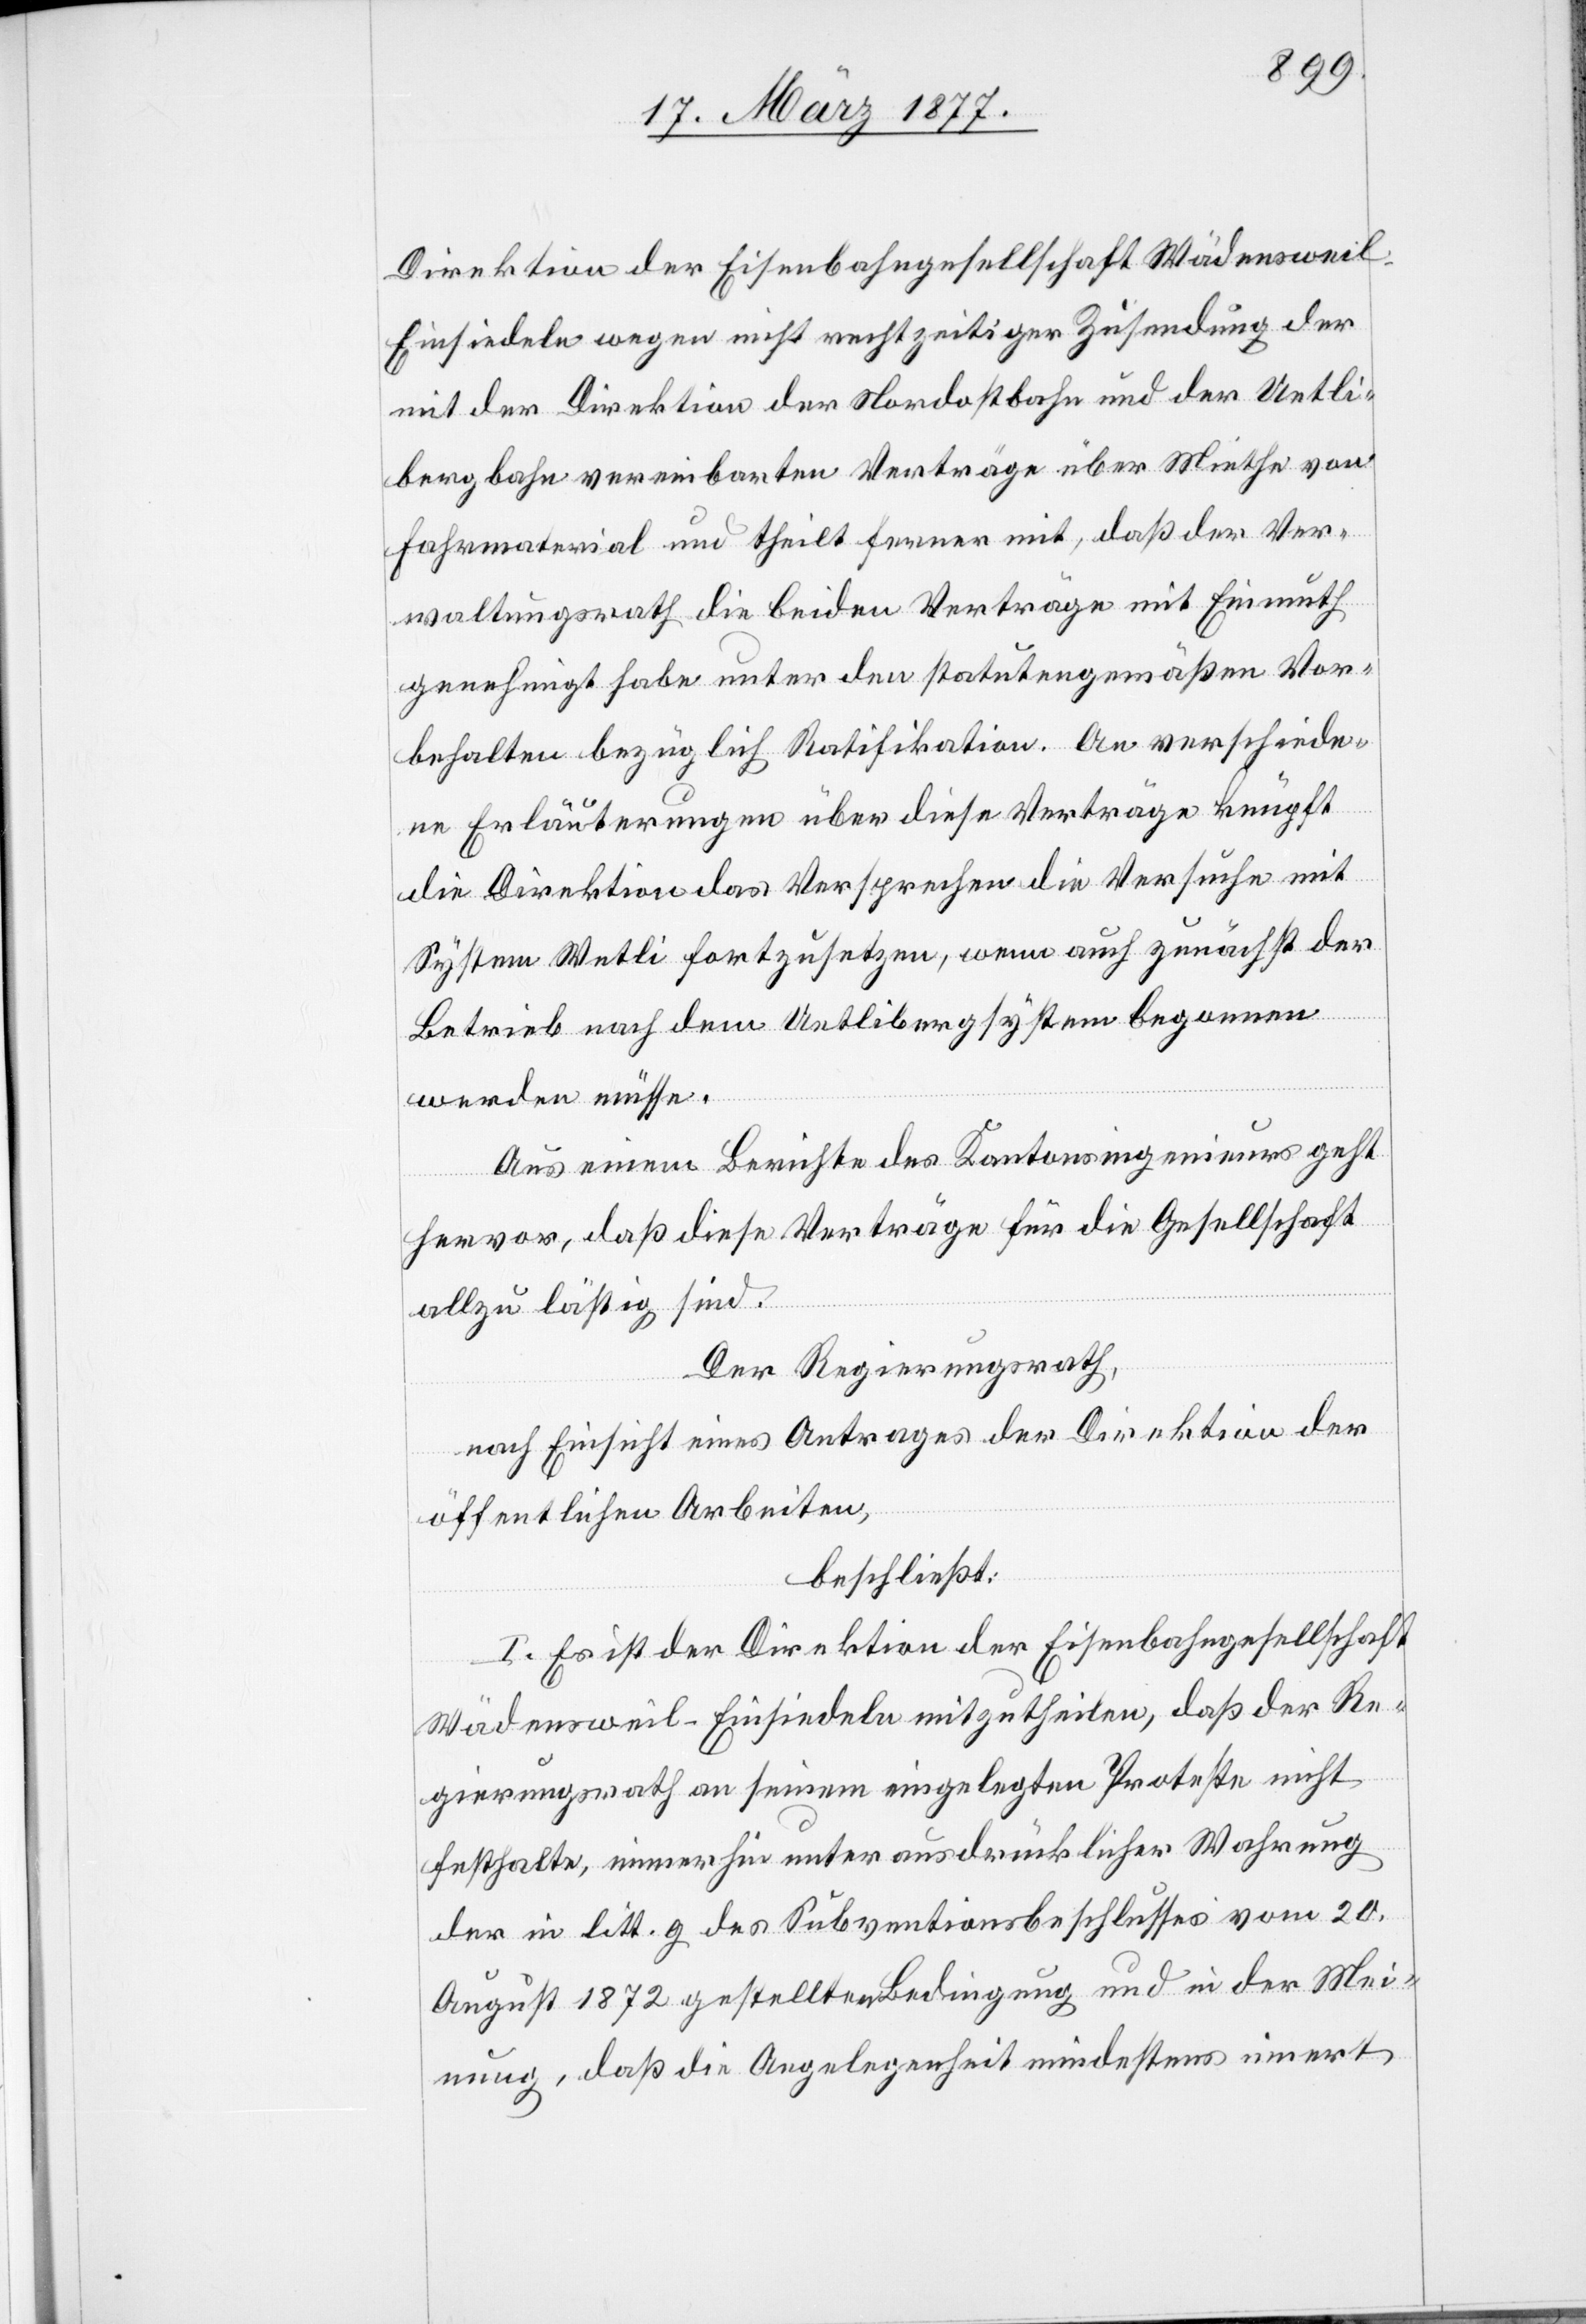
Direktion der Eisenbahngesellschaft Wädenswei¬
l–Einsiedeln wegen nicht rechtzeitiger Zusendung der
mit der Direktion der Nordostbahn und der Uetli¬
bergbahn vereinbarten Verträge über Miethe von
Fahrmaterial und theilt ferner mit, das der Ver¬
waltungsrath die beiden Verträge mit Einmuth
genehmigt habe unter den statutengemäßen Vor¬
behalten bezüglich Ratifikation. An verschiede¬
ne Erläuterungen über diese Verträge knüpft
die Direktion das Versprechen die Versuche mit
System Wetli fortzusetzen, wenn auch zunächst der
Betrieb nach dem Uetlibergsystem begonnen
werden müsse.
Aus einem Berichte des Kantonsingenieurs geht
hervor, daß diese Verträge für die Gesellschaft
allzu lästig sind.
Der Regierungsrath,
nach Einsicht eines Antrages der Direktion der
öffentlichen Arbeiten,
beschließt:
I. Es ist der Direktion der Eisenbahngesellschaft
Wädensweil–Einsiedeln mitzutheilen, daß der Re¬
gierungsrath an seinem eingelegten Proteste nicht
festhalte, immerhin unter ausdrücklicher Wahrung
der in litt. g des Subventionsbeschlusses vom 20.
August 1872 gestellten Bedingung und in der Mei¬
nung, daß die Angelegenheit mindestens innert